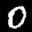
Label: 0